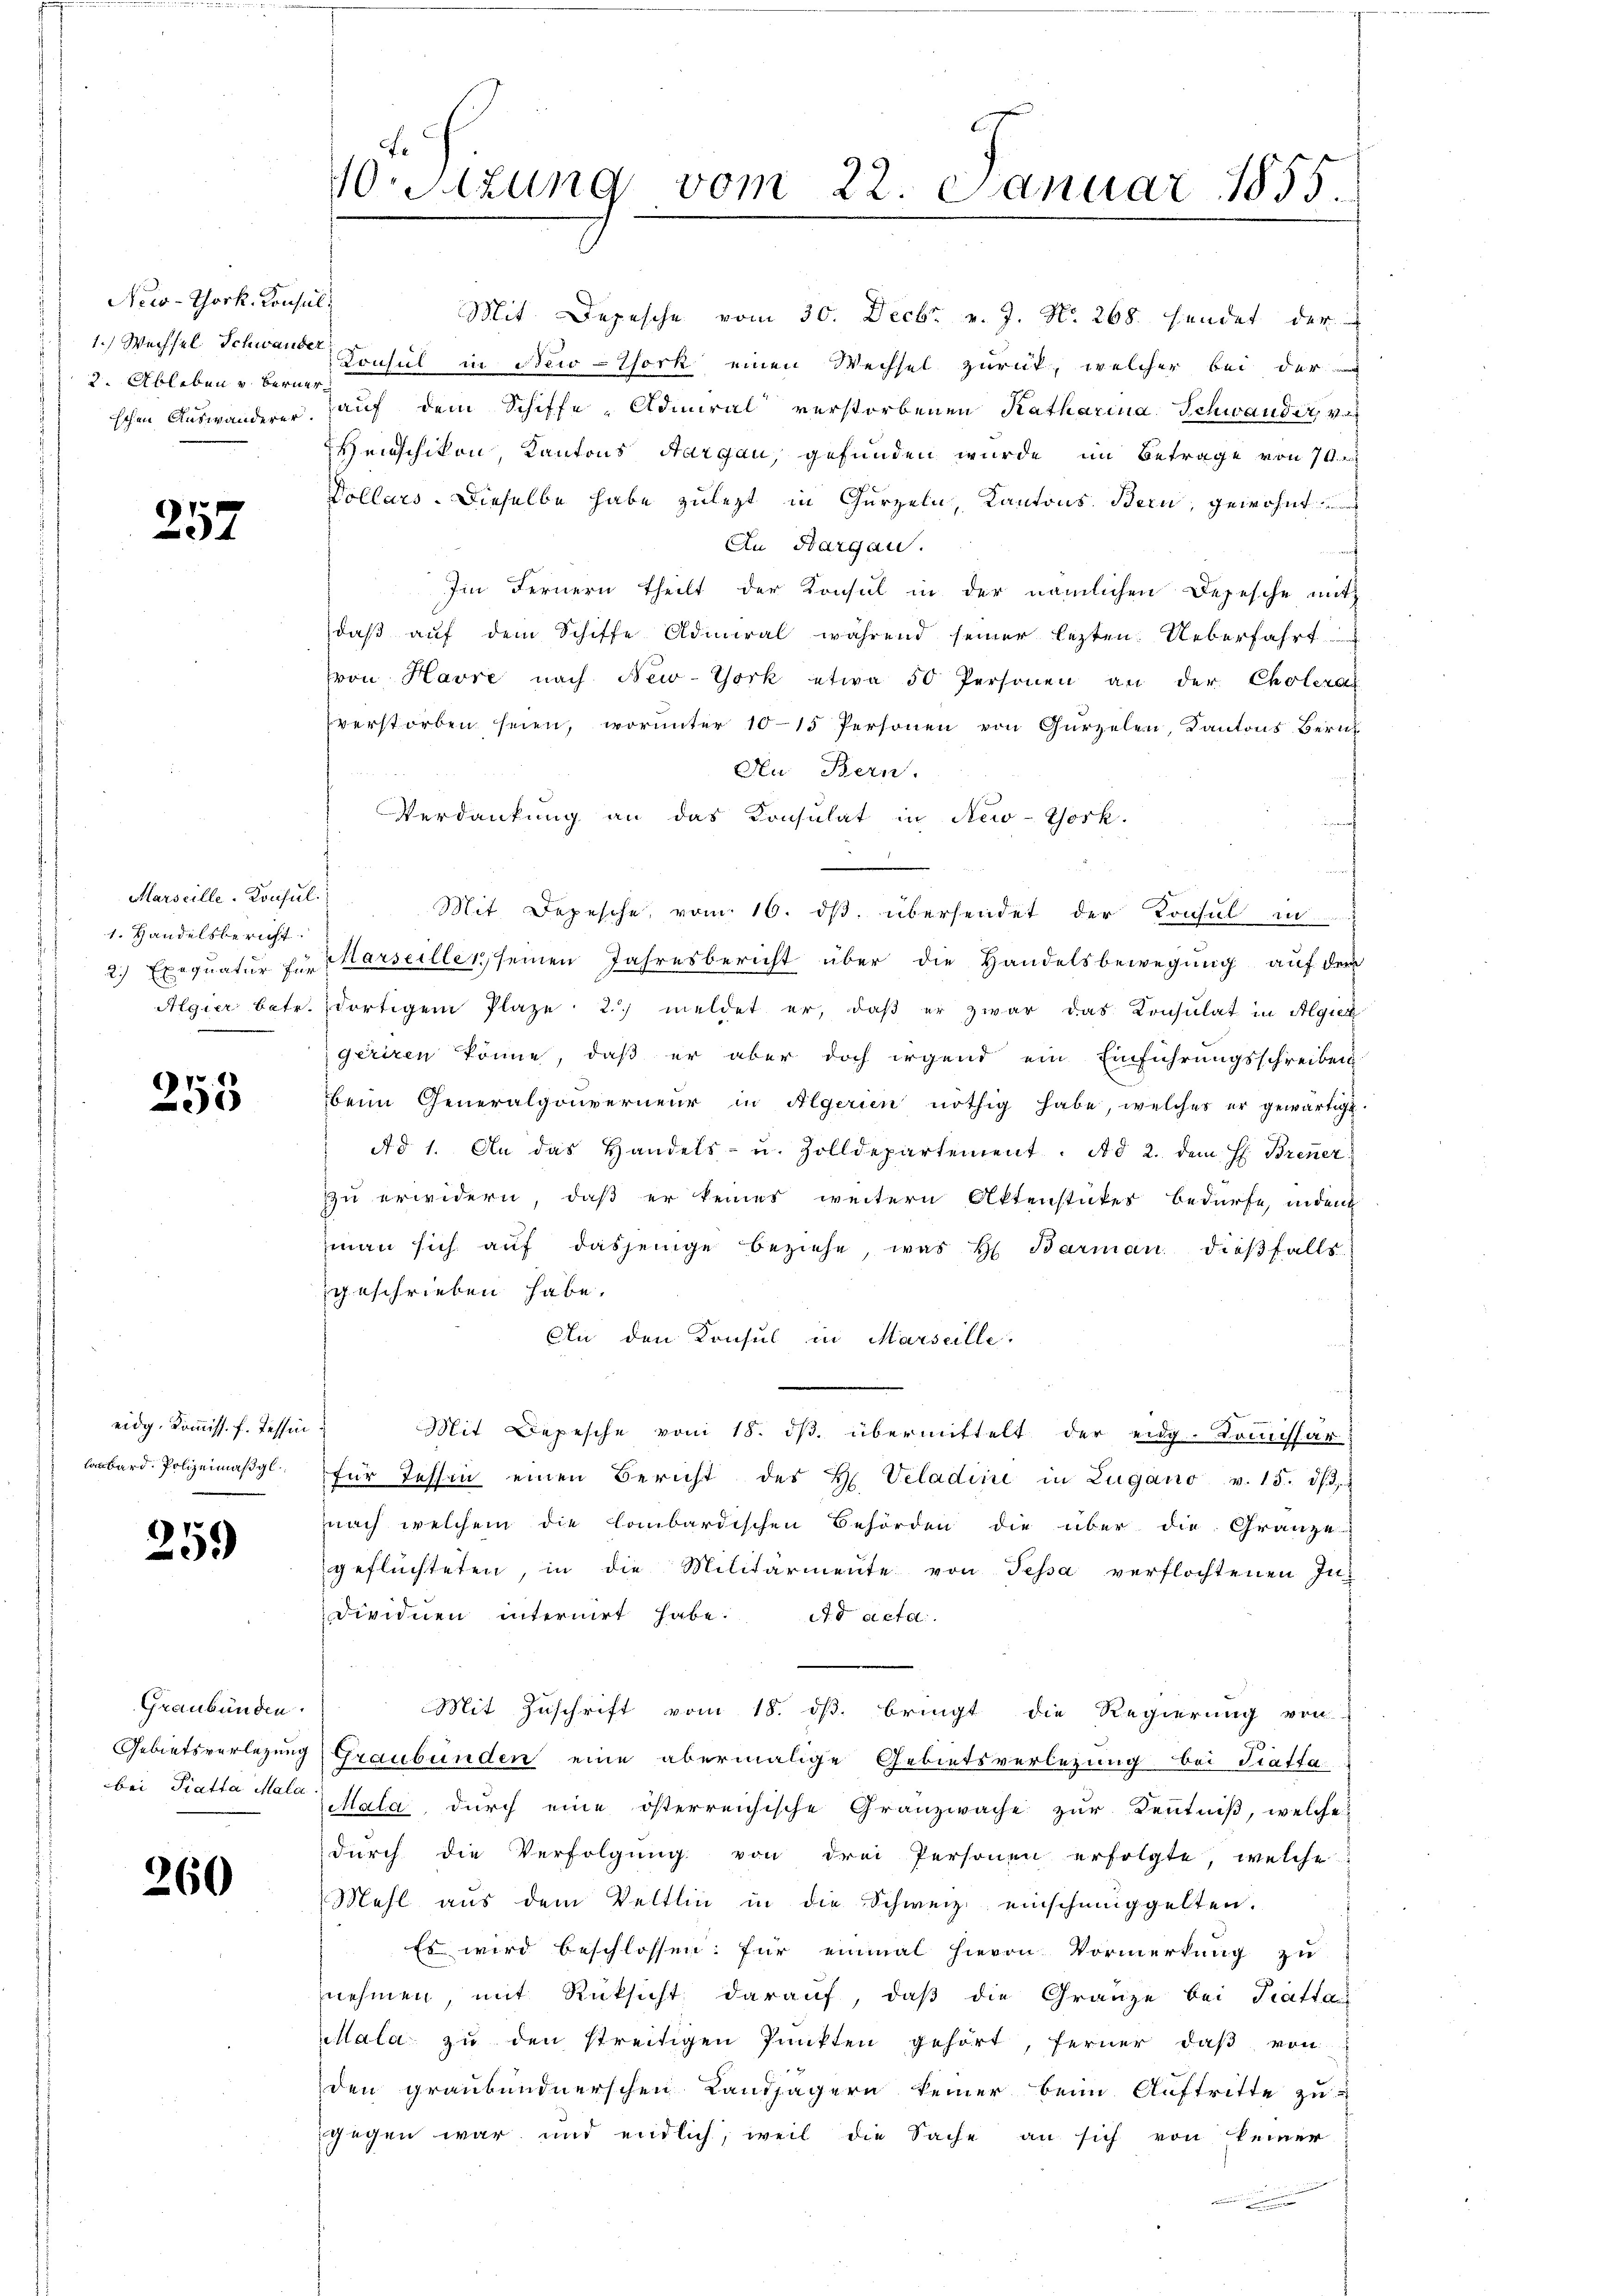
New-Thork. Konsul
1.) Wechsel Schwander
2. Ableben und Berner
schen Auswanderer.

257

Marseille-Konsul
1. Handelsbericht.
Algier betr.

255

eidg. Kommiss. f. Tessin
lombard. Polizeimäßgl.

259

Graubünden.
Gebietsverlegung
bei Piatta Mala

260

V.Sitzung vom 22. Januar 1855.

Mit Depesche vom 30. Decbr. v. J. N. 268. hendet der
Lonsul in New-York einen Wechsel zurück, welcher bei der
auf dem Schiffe Admiral verstorbenen Katharina Schwander v
Weinschikon, Kantons Aargau, gefunden wurde im Betrage von 70
Dollars. Dieselbe habe zulezt in Gurzeln, Kantons Bern, gewohnt
An Bargau.
f
Im Fernern theilt der Konsul in der nämlichen Depesche mit
daß auf dem Schiffe Admiral während seiner lezten Ueberfahrt
von Havre nach New-York etwa 50 Personen an der Cholera
verstorben seien, worunter 1015 Personen von Gurzelen, Kantons Zürich
An Bern.
Verdankung an das Konsulat in New-York.
Mit Depesche, vom 16. ds. übersendet der Konsul in
2.) Exequatur zur Marseillen seinen Jahresbericht über die Handelsbewegung auf dem
dortigem Plaze 2.) meldet er, daß er zwar das Konsulat in Algier
geriren könne, daß er aber doch irgend ein Einführungsschreiben
beim Generalgouverneur in Algerien nöthig habe, welches er gewärtigt.
Ad 1. An das Handels- u. Zolldepartement. Ad 2. dem H. Brenner
zu erwidern, daß er keines weitern Aktenstückes bedürfe, inden
man sich aŭf dasjenige Beziehe, was h. Barman dieβfalls
geschrieben habe.
An den Konsul in Marseille,
Mit Depesche vom 18. dβ. übermittelt der eidg. Komissar
für Tessin einen Bericht des H. Veladine in Lugano v. 15. d.
nach welchem die Combardischen Behörden die über die Gränze
geflüchteten, in die Militärmente von Tessa verflochtenen In-
Dividuen internirt habe. ad acta
Mit Zuschrift vom 18. ds. bringt die Regierung von
Graubünden eine abermalige Gebietsverlegung bei Traffa
Mala, durch eine österreichische Granzwache zur Kenntniß, welche
dŭrch die Verfolgŭng von drei Personen erfolgte, welche
Mahl aus dem Veltlin in die Schweiz einschmuggelten.
Es wird beschlossen: für einmal hievon Vormerkung zu
nehmen, mit Rücksicht darauf, daß die Gränze bei Trattau
Mala zŭ den streitigen Punkten gehört, ferner daß von
den graubündnerschen Landjägern keiner beim Auftritte zu u
gegen war und endlich, weil die Sache an sich von keiner